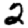
Digit: 2